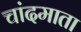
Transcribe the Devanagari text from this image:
चांदमाता